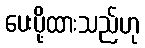
ပေးပို့ထားသည်ဟု